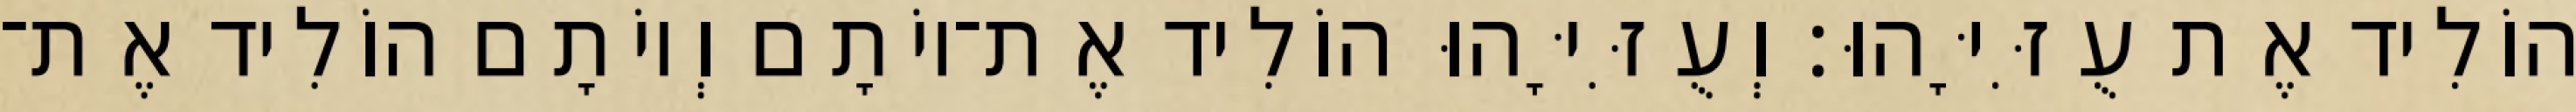
הוֹלִיד אֶת עֻזִּיָּהוּ׃ וְעֻזִּיָּהוּ הוֹלִיד אֶת־יוֹתָם וְיוֹתָם הוֹלִיד אֶת־